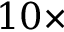
1 0 \times